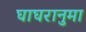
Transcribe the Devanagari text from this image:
घाघरानुमा